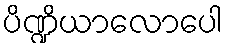
ပိဏ္ဍိယာလောပေါ